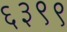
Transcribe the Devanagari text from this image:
६३९९